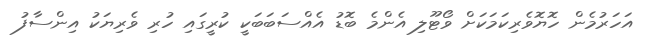
އަހަރުމެން ހޮޔޮވެރިކަމަކަށް ވޯޓޫލި އެންމެ ބޮޑު އެއްސަބަބަކީ ކުރީގައި ހުރި ވެރިޔަކު އިންސާފު